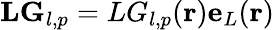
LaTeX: \mathbf{LG}_{l,p}=LG_{l,p}(\mathbf{r})\mathbf{e}_{L}(\mathbf{r})